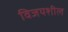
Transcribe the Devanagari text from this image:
विजयशील